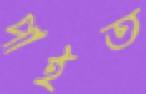
পাইত